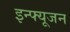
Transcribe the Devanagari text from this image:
इन्फ्यूजन